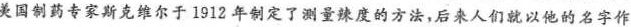
，美国制药专家斯克维尔于1912年制定了测量辣度的方法，后来人们就以他的名字作